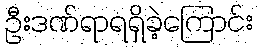
ဦးဒဏ်ရာရရှိခဲ့ကြောင်း